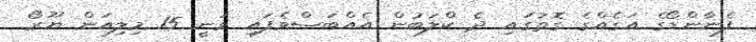
ފެނާންޑޯގެ އަގެއްގެ ގޮތުގައި ދެ ކްލަބުން އެއްބަސްވެފައި ވަނީ 15 މިލިއަން ޔޫރޯ